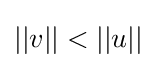
{\textstyle ||v||<||u||}